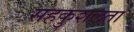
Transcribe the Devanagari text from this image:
सहकुशलता